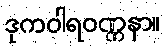
ဒုကဝါရဝဏ္ဏနာ။